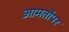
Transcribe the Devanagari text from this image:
आमतौपर